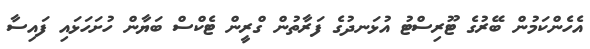
އެހެންކަމުން ބޭރުގެ ޓޫރިސްޓު އުޅަނދުގެ ފަރާތުން ގްރީން ޓެކްސް ބަޔާން ހުށަހަޅައި ފައިސާ